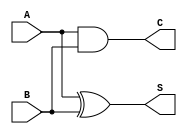
module half_adder (
  input A,
  input B,
  output S,
  output C
);

assign S = A ^ B; // bitwise XOR operation to get sum
assign C = A & B; // bitwise AND operation to get carry

endmodule